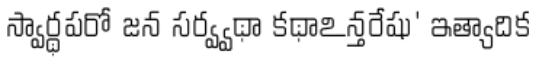
స్వార్థపరో జన సర్వ్వథా కథాఽన్తరేషు' ఇత్యాదిక